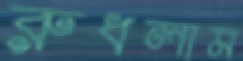
রুধলাম